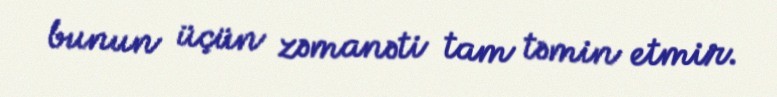
bunun üçün zəmanəti tam təmin etmir.